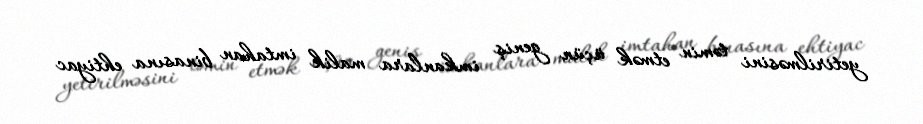
yetirilməsini təmin etmək üçün geniş imkanlara malik imtahan binasına ehtiyac